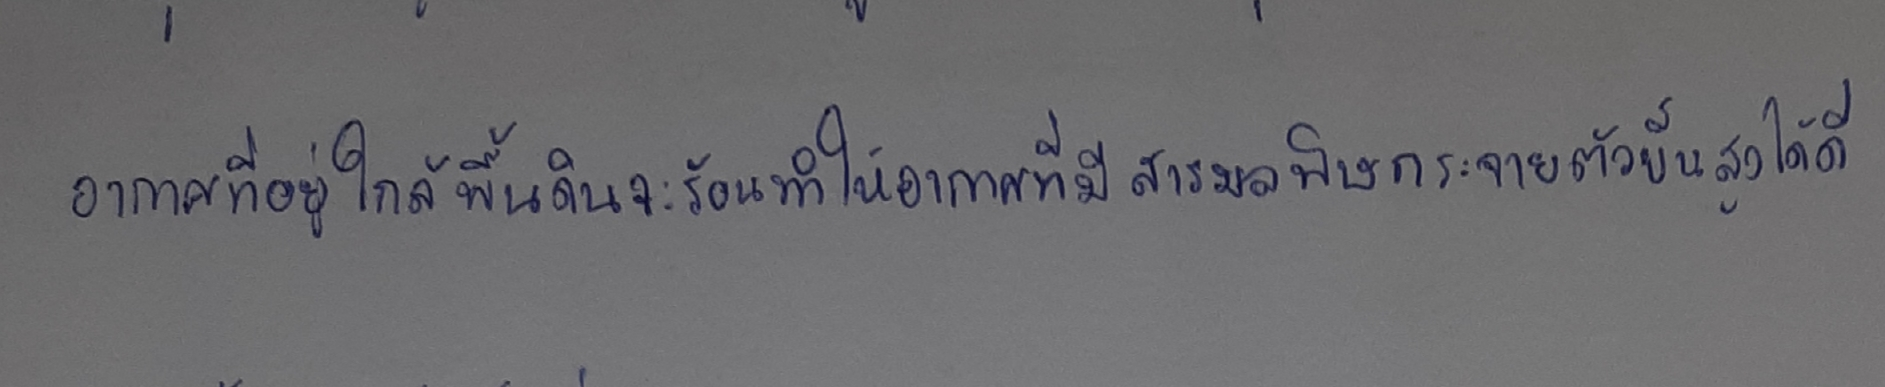
อากาศที่อยู่ใกล้พื้นดินจะร้อนทำให้อากาศที่มีสารมลพิษกระจายตัวขึ้นสูงได้ดี